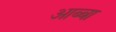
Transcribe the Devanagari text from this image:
आब्बा